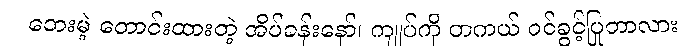
ဘေးမဲ့ တောင်းထားတဲ့ အိပ်ခန်းနော်၊ ကျုပ်ကို တကယ် ဝင်ခွင့်ပြုတာလား